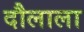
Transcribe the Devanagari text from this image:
दौलाला